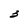
Character: 3